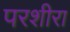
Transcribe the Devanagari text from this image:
परशीरा